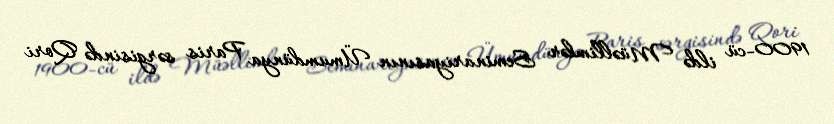
1900-cü ildə Müəllimlər Seminariyasının Ümumdünya Paris sərgisində Qori